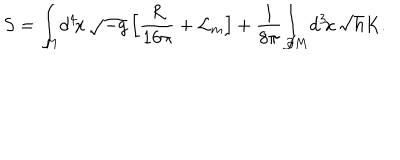
LaTeX: S = { \int } _ { \! \! M } d ^ { 4 } \! x \, \sqrt { - g } \, \Big [ { \frac { R } { 1 6 \pi } } + { \cal L } _ { m } \Big ] + \frac { 1 } { 8 { \pi } } { \int } _ { \! \! \partial M } d ^ { 3 } \! x \, \sqrt { h } K .